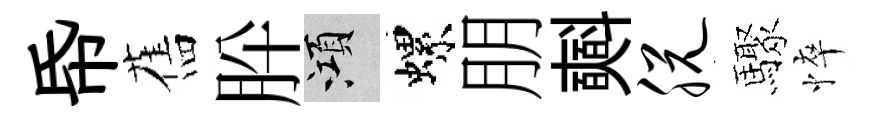
帋舊肸澒螺朋𣂏脱驟悴